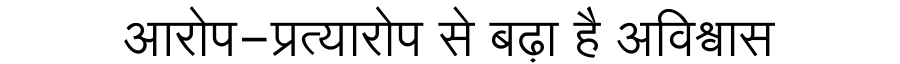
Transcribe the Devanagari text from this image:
आरोप-प्रत्यारोप से बढ़ा है अविश्वास